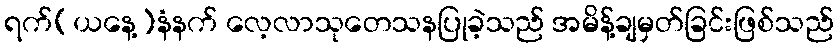
ရက်(ယနေ့)နံနက် လေ့လာသုတေသနပြုခဲ့သည် အမိန့်ချမှတ်ခြင်းဖြစ်သည်